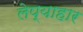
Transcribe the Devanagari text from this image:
लेप्याहार